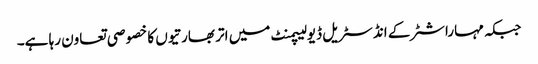
جبکہ مہاراشٹرکے انڈسٹریل ڈیولیپمنٹ میں اتر بھارتیوں کا خصو صی تعاون رہا ہے۔